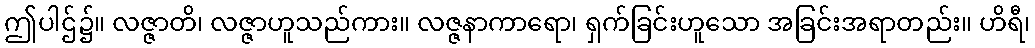
ဤပါဌ်၌။ လဇ္ဇာတိ၊ လဇ္ဇာဟူသည်ကား။ လဇ္ဇနာကာရော၊ ရှက်ခြင်းဟူသော အခြင်းအရာတည်း။ ဟိရီ၊